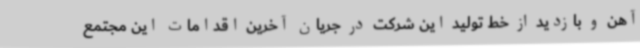
آهن و بازدید از خط تولید این شرکت در جریان آخرین اقدامات این مجتمع